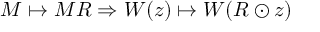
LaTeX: M \mapsto M R \Rightarrow W ( z ) \mapsto W ( R \odot z )